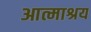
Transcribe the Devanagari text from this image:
आत्माश्रय